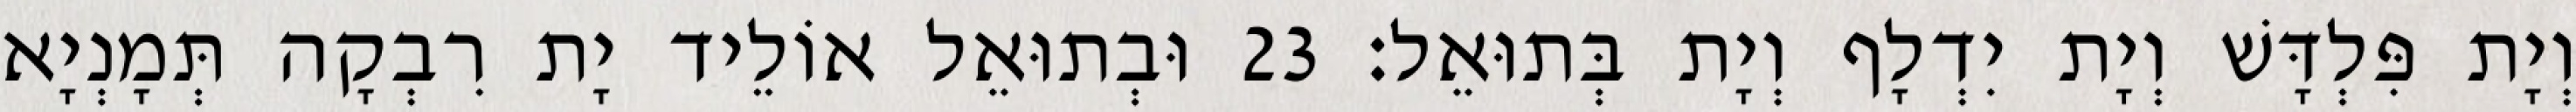
וְיָת פִּלְדָּשׁ וְיָת יִדְלָף וְיָת בְּתוּאֵל׃ 23 וּבְתוּאֵל אוֹלֵיד יָת רִבְקָה תְּמָנְיָא